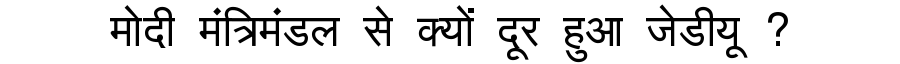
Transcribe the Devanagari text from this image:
मोदी मंत्रिमंडल से क्यों दूर हुआ जेडीयू ?